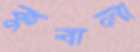
কুবালা